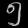
Digit: ၅